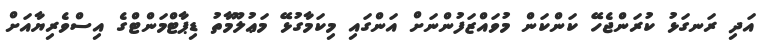
އަދި ރަނގަޅު ކުރަންޖެހޭ ކަންކަން މުވައްޒަފުންނަށް އަންގައި މިކަމާގުޅޭ މަޢުލޫމާތު ޑިޕާޓްމަންޓްގެ އިސްވެރިޔާއަށް